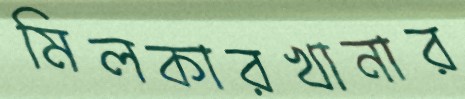
মিলকারখানার